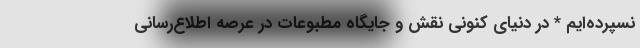
نسپرده‌ایم * در دنیای کنونی نقش و جایگاه مطبوعات در عرصه اطلاع‌رسانی